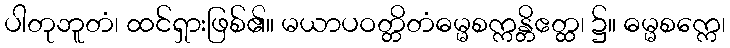
ပါတုဘူတံ၊ ထင်ရှားဖြစ်၏။ မယာပဝတ္တိတံဓမ္မစက္ကန္တိဧတ္ထ၊ ၌။ ဓမ္မစက္ကေ၊